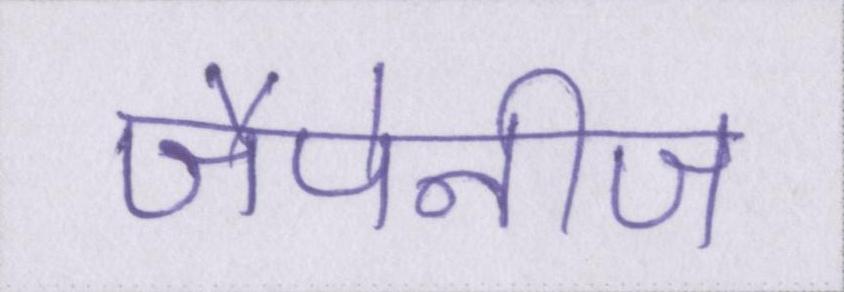
जैपेनीज